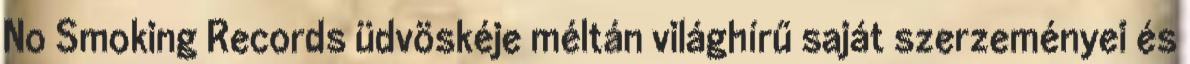
No Smoking Records üdvöskéje méltán világhírű saját szerzeményei és